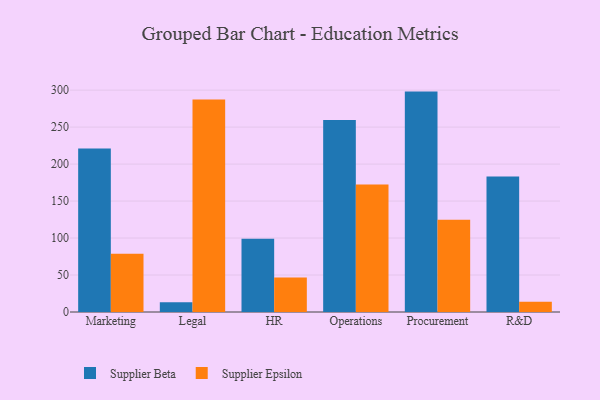
{"axis": {"x": "Department", "y": "Tickets Resolved"}, "legend": ["Supplier Beta", "Supplier Epsilon"], "data": [{"x": "Marketing", "y": 221.0, "type": "Supplier Beta"}, {"x": "Marketing", "y": 78.6, "type": "Supplier Epsilon"}, {"x": "Legal", "y": 13.1, "type": "Supplier Beta"}, {"x": "Legal", "y": 287.4, "type": "Supplier Epsilon"}, {"x": "HR", "y": 99.1, "type": "Supplier Beta"}, {"x": "HR", "y": 46.5, "type": "Supplier Epsilon"}, {"x": "Operations", "y": 259.6, "type": "Supplier Beta"}, {"x": "Operations", "y": 172.3, "type": "Supplier Epsilon"}, {"x": "Procurement", "y": 298.0, "type": "Supplier Beta"}, {"x": "Procurement", "y": 124.7, "type": "Supplier Epsilon"}, {"x": "R&D", "y": 183.2, "type": "Supplier Beta"}, {"x": "R&D", "y": 13.8, "type": "Supplier Epsilon"}]}